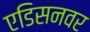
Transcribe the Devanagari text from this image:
एडिसनवर